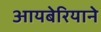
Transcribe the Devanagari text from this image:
आयबेरियाने